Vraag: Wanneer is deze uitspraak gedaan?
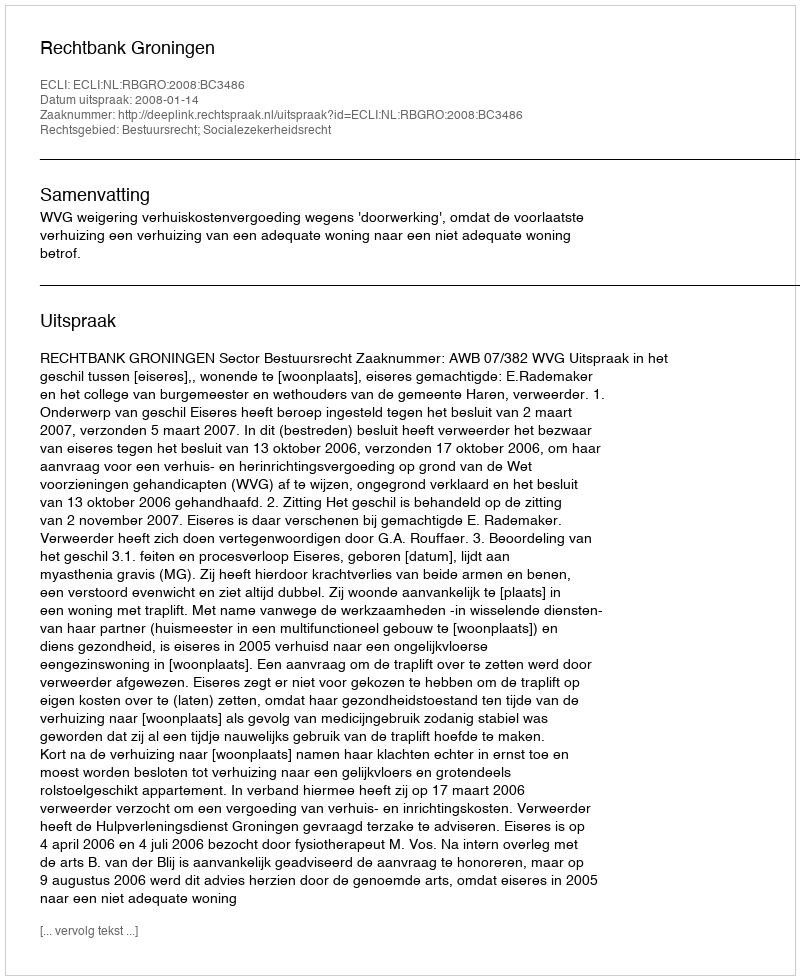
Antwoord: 2008-01-14